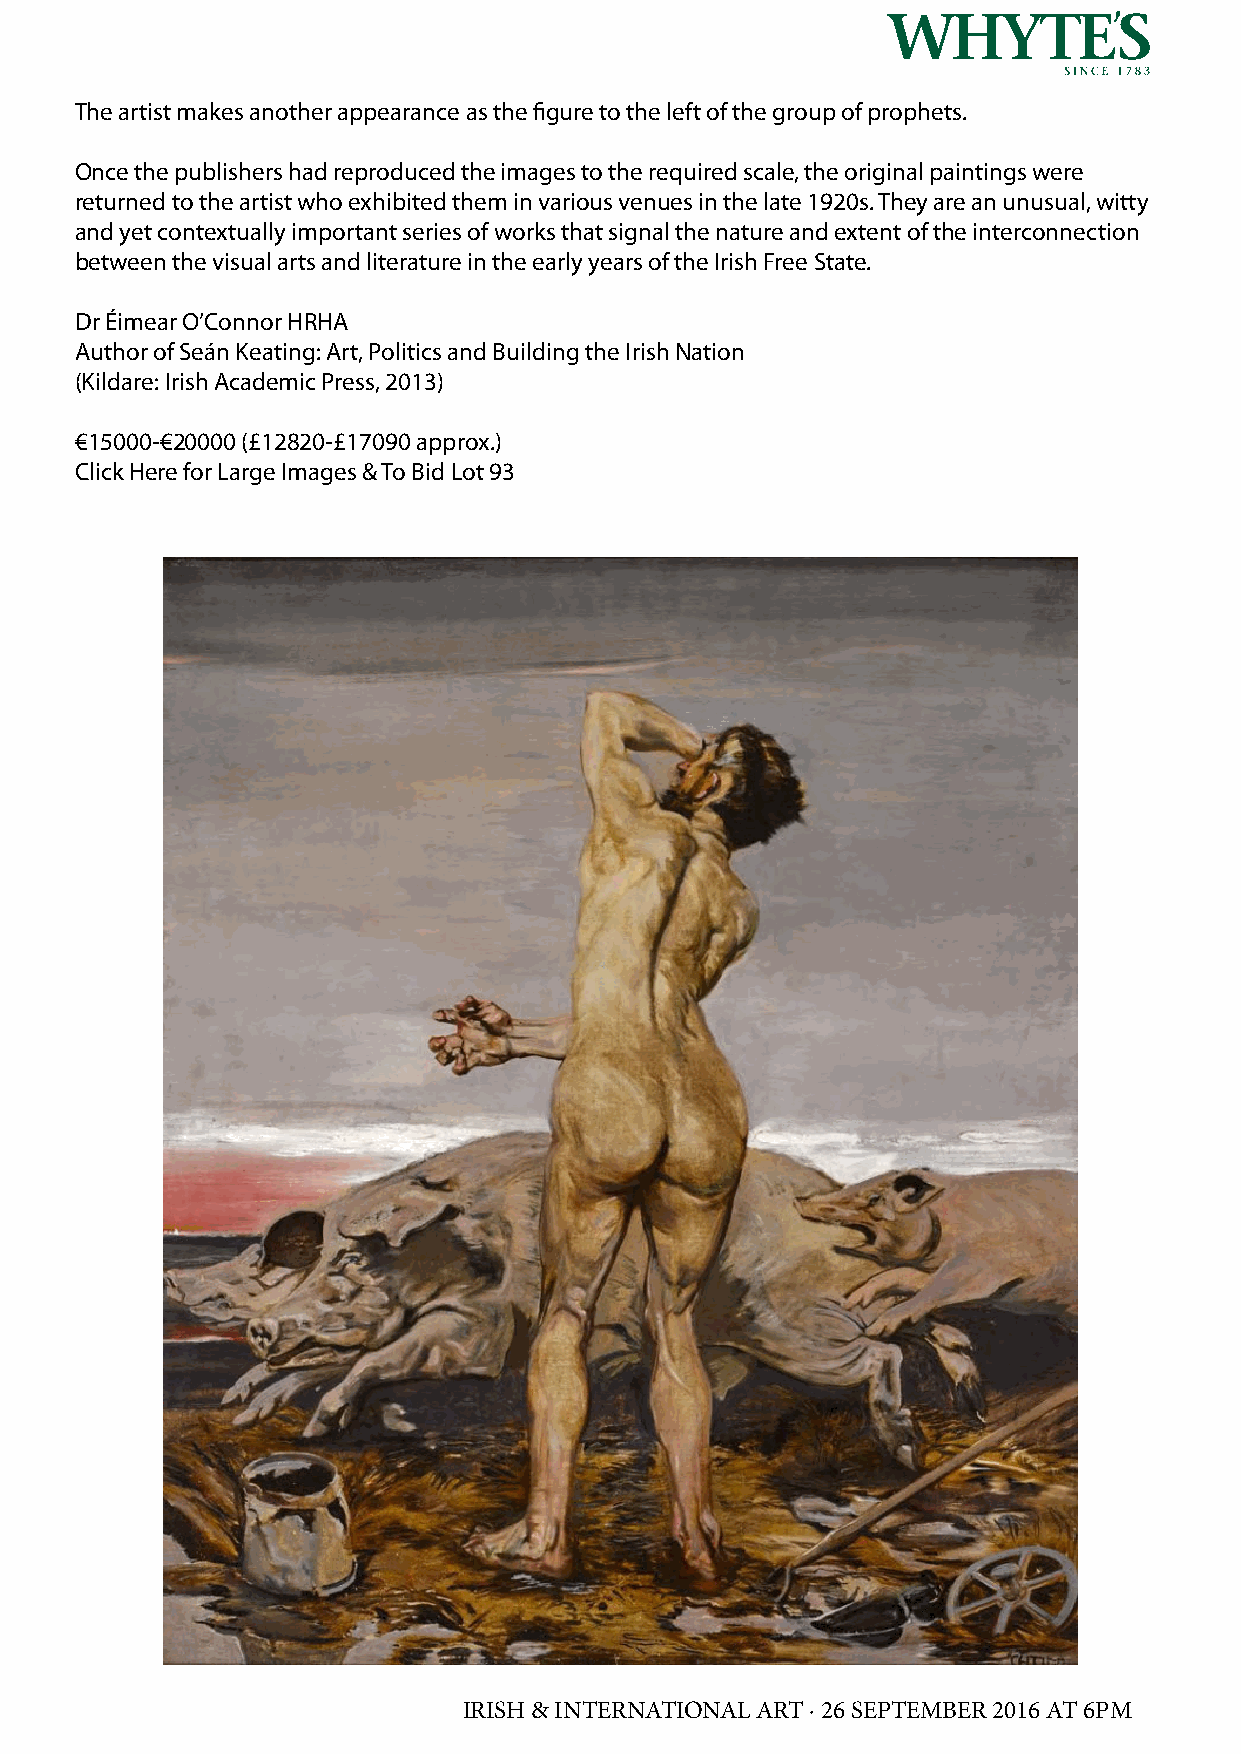
The artist makes another appearance as the figure to the left of the group of prophets.
 Once the publishers had reproduced the images to the required scale, the original paintings were
 returned to the artist who exhibited them in various venues in the late 1920s. They are an unusual, witty
 and yet contextually important series of works that signal the nature and extent of the interconnection
 between the visual arts and literature in the early years of the Irish Free State.
 Dr Éimear O’Connor HRHA
 Author of Seán Keating: Art, Politics and Building the Irish Nation
 (Kildare: Irish Academic Press, 2013)
 €15000-€20000 (£12820-£17090 approx.)
 Click Here for Large Images & To Bid Lot 93
 IRISH & INTERNATIONAL ART · 26 SEPTEMBER 2016 AT 6PM